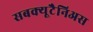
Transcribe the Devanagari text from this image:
सबक्यूटैनिअस